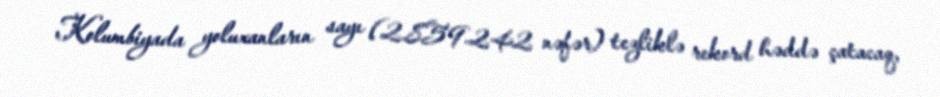
Kolumbiyada yoluxanların sayı (2.859.242 nəfər) tezliklə rekord həddə çatacaq,